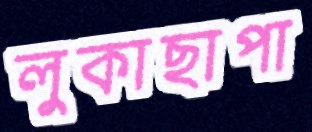
লুকাছাপা